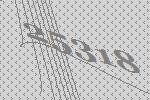
25318